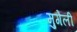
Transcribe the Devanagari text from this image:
मुगेली